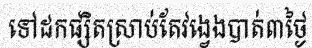
ទៅដកផ្សិតស្រាប់តែវង្វេងបាត់៣ថ្ងៃ